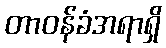
တာဝန်ခံအရာရှိ